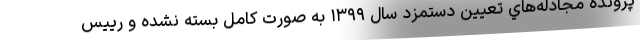
پرونده مجادله‌هاي تعيين دستمزد سال ۱۳۹۹ به صورت كامل بسته نشده و رييس